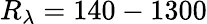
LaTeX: R_{\lambda}=140-1300